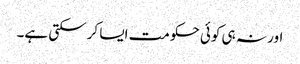
اور نہ ہی کوئی حکومت ایسا کرسکتی ہے۔